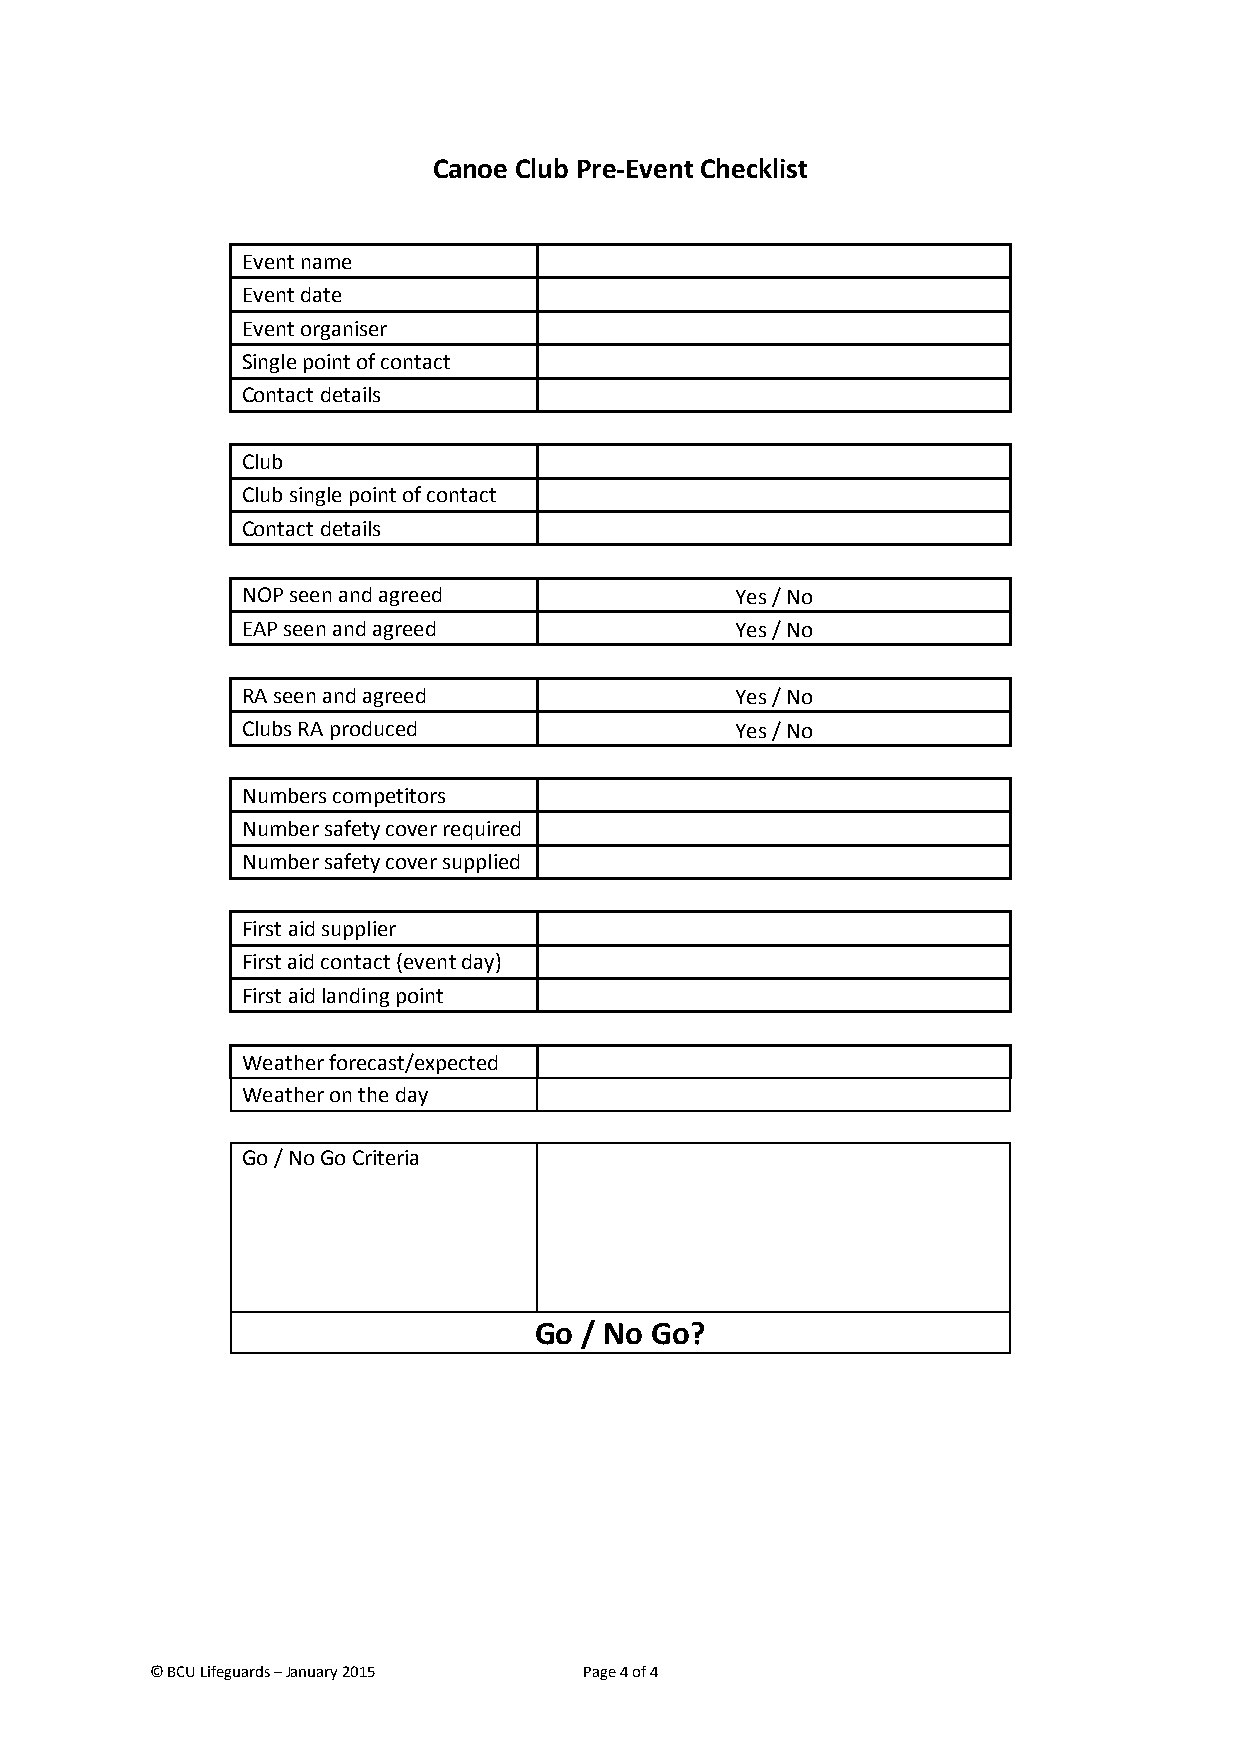
Canoe Club Pre-Event Checklist
 Event name
 Event date
 Event organiser
 Single point of contact
 Contact details
 Club
 Club single point of contact
 Contact details
 NOP seen and agreed              Yes / No
 EAP seen and agreed              Yes / No
 RA seen and agreed               Yes / No
 Clubs RA produced                Yes / No
 Numbers competitors
 Number safety cover required
 Number safety cover supplied
 First aid supplier
 First aid contact (event day)
 First aid landing point
 Weather forecast/expected
 Weather on the day
 Go / No Go Criteria
 Go  / No Go?
 © BCU Lifeguards – January 2015 Page 4 of 4